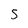
Character: S